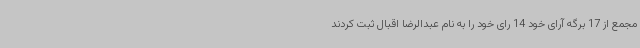
مجمع از 17 برگه آرای خود 14 رای خود را به نام عبدالرضا اقبال ثبت کردند